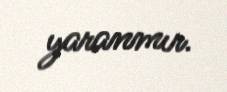
yaranmır.